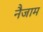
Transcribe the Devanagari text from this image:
नैजाम